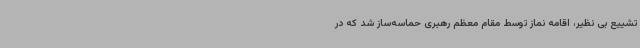
تشییع بی نظیر، اقامه نماز توسط مقام معظم رهبری حماسه‌ساز شد که در